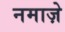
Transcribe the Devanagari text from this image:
नमाज़े